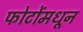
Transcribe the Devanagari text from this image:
फोटोंमधून